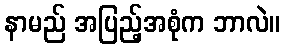
နာမည် အပြည့်အစုံက ဘာလဲ။